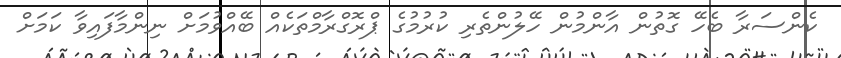
ކެންސަރާ ބެހޭ ގޮތުން އާންމުން ހޭލުންތެރި ކުރުމުގެ ޕްރޮގްރާމްތަކެއް ބޭއްވުމަށް ނިންމާފައިވާ ކަމަށް